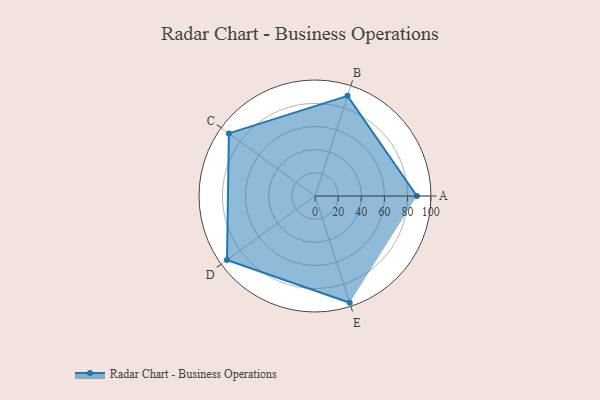
{"axis": {"x": "Skill", "y": "Score"}, "legend": ["Profile"], "data": [{"x": "A", "y": 88.0, "type": "Profile"}, {"x": "B", "y": 91.0, "type": "Profile"}, {"x": "C", "y": 92.0, "type": "Profile"}, {"x": "D", "y": 94.0, "type": "Profile"}, {"x": "E", "y": 97.0, "type": "Profile"}]}